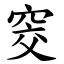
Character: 窔